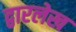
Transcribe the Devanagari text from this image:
द्वारलेख